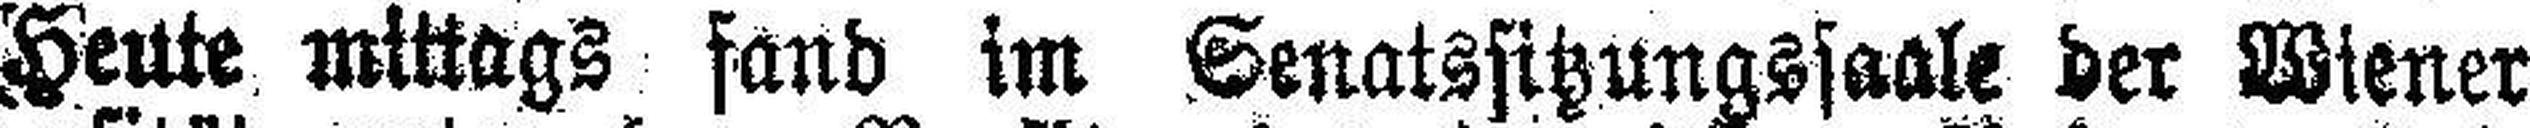
Heute mittags fand im Senatssitzungssaale der Wiener